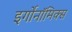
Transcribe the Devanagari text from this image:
इर्गोनॉमिक्स